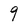
Character: 9